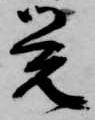
覚